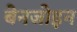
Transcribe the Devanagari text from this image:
बेनजोइन